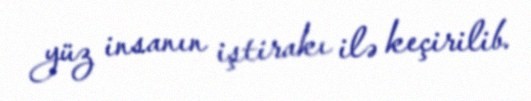
yüz insanın iştirakı ilə keçirilib.